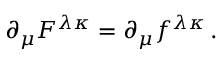
\partial _ { \mu } F ^ { \lambda \kappa } = \partial _ { \mu } f ^ { \lambda \kappa } \, .